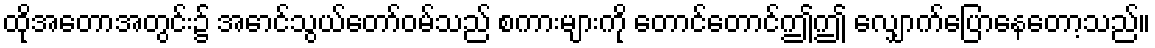
ထိုအတောအတွင်း၌ အောင်သွယ်တော်ဝမ်သည် စကားများကို တောင်တောင်ဤဤ လျှောက်ပြောနေတော့သည်။